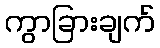
ကွာခြားချက်